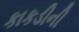
કાકડીની